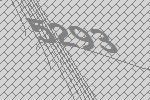
5293